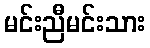
မင်းညီမင်းသား